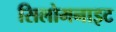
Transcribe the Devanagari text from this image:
सिलोमनाइट